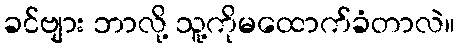
ခင်ဗျား ဘာလို့ သူ့ကိုမထောက်ခံတာလဲ။